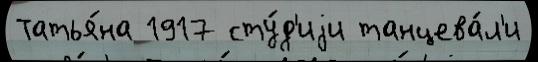
Татья́на 1917 сту́д'иjи танцева́л'и